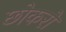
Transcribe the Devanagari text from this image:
छोकरों